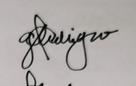
Signature authenticity: genuine